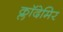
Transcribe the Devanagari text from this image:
क्लॉदेमिर